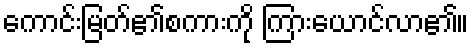
ကောင်းမြတ်၏စကားကို ကြားယောင်လာ၏။